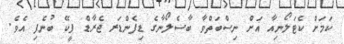
ކަމަށް ކެޓަލޯނިއާ އަށް ނިސްބަތްވާ ބާސެލޯނާގެ ޑިފެންޑަރ ޖެރާޑް ޕީކޭ ބުނެފި އެވެ.